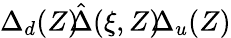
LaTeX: \Delta_{d}(Z)\! \le\! \hat{\Delta}(\xi,Z)\! \le\! \Delta_{u}(Z)